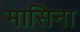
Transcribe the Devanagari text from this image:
मासिना